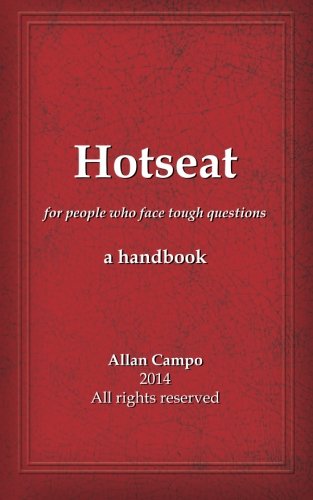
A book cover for Hotseat: for people who face tough questions - a handbook; Allan Campo; Law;